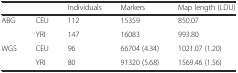
<table><thead><tr><td></td><td></td><td><b>Individuals</b></td><td><b>Markers</b></td><td><b>Map length (LDU)</b></td></tr></thead><tbody><tr><td rowspan="2">ABG</td><td>CEU</td><td>112</td><td>15359</td><td>850.07</td></tr><tr><td>YRI</td><td>147</td><td>16083</td><td>993.80</td></tr><tr><td rowspan="2">WGS</td><td>CEU</td><td>96</td><td>66704 (4.34)</td><td>1021.07 (1.20)</td></tr><tr><td>YRI</td><td>80</td><td>91320 (5.68)</td><td>1569.46 (1.56)</td></tr></tbody></table>